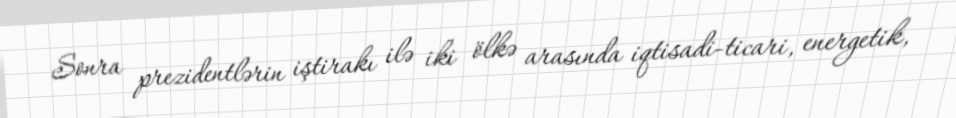
Sonra prezidentlərin iştirakı ilə iki ölkə arasında iqtisadi-ticari, energetik,